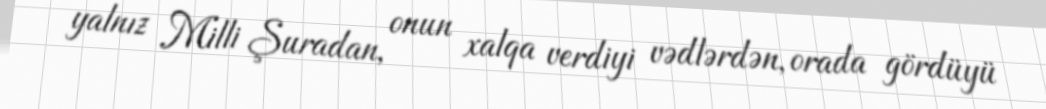
yalnız Milli Şuradan, onun xalqa verdiyi vədlərdən, orada gördüyü